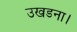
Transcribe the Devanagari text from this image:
उखडना।